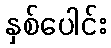
နှစ်ပေါင်း